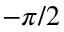
- \pi / 2